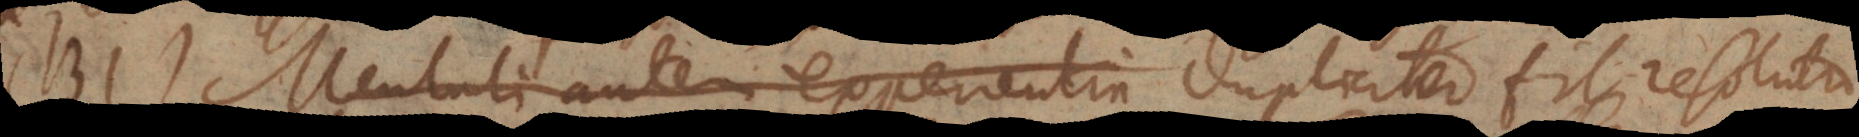
131) Mentali autem experientia Dupliciter fit resolutio,